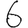
Digit: 6